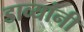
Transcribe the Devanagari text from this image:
डाव्यांनी